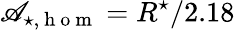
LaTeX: \mathscr{A}_{\star,\mathrm{{~h~o~m~}}}=R^{\star}/2.18